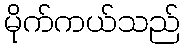
မိုက်ကယ်သည်